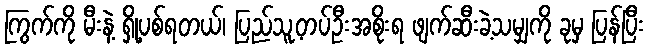
ကြွက်ကို မီးနဲ့ ရှို့ပစ်ရတယ်၊ ပြည်သူ့တပ်ဦးအစိုးရ ဖျက်ဆီးခဲ့သမျှကို ခုမှ ပြန်ပြီး